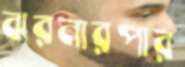
ঝরনারপার